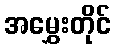
အမွှေးတိုင်